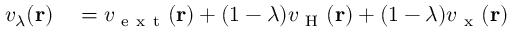
\begin{array} { r l } { v _ { \lambda } ( \mathbf { r } ) } & { { } = v _ { \mathrm { ~ e ~ x ~ t ~ } } ( \mathbf { r } ) + ( 1 - \lambda ) v _ { \mathrm { ~ H ~ } } ( \mathbf { r } ) + ( 1 - \lambda ) v _ { \mathrm { ~ x ~ } } ( \mathbf { r } ) } \end{array}